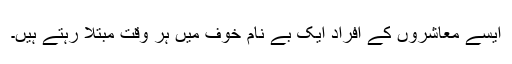
ایسے معاشروں کے افراد ایک بے نام خوف میں ہر وقت مبتلا رہتے ہیں۔